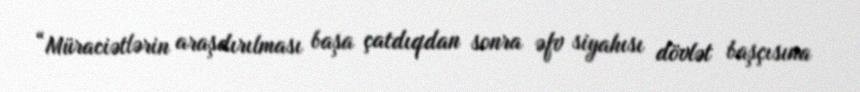
“Müraciətlərin araşdırılması başa çatdıqdan sonra əfv siyahısı dövlət başçısına